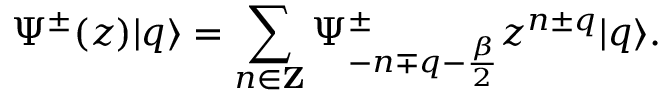
\Psi ^ { \pm } ( z ) | q \rangle = \sum _ { n \in { \bf Z } } \Psi _ { - n \mp q - { \frac { \beta } { 2 } } } ^ { \pm } z ^ { n \pm q } | q \rangle .